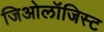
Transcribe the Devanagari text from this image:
जिओलॉजिस्ट